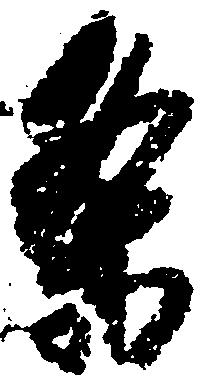
条